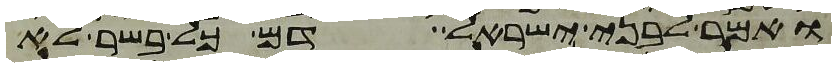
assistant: ואמר לבני ישראל דם כל בשר לא